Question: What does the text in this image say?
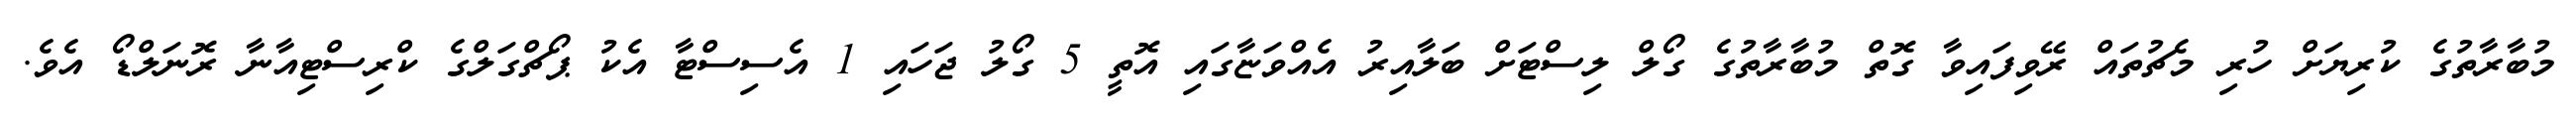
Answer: މުބާރާތުގެ ކުރިޔަށް ހުރި މެޗުތައް ރޭވިފައިވާ ގޮތް މުބާރާތުގެ ގޯލް ލިސްޓަށް ބަލާއިރު އެއްވަޏާގައި އޮތީ 5 ގޯލު ޖަހައި 1 އެސިސްޓާ އެކު ޕޯޗްގަލްގެ ކްރިސްޓިއާނާ ރޮނަލްޑޯ އެވެ.